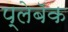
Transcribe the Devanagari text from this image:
प्लेबॅक